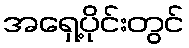
အရှေ့ပိုင်းတွင်